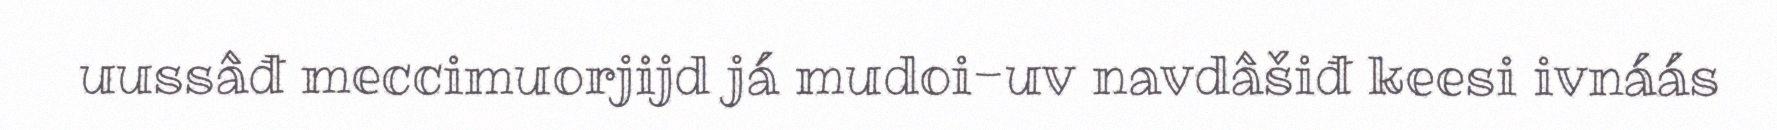
uussâđ meccimuorjijd já mudoi-uv navdâšiđ keesi ivnáás